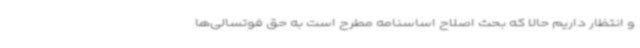
و انتظار داریم حالا که بحث اصلاح اساسنامه مطرح است به حق فوتسالی‌ها